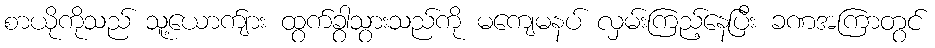
စာယိုကိုသည် သူ့ယောက်ျား ထွက်ခွာသွားသည်ကို မကျေမနပ် လှမ်းကြည့်နေပြီး ခဏအကြာတွင်